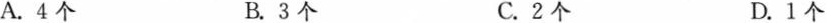
A.4个 B.3个 C.2个 D.1个